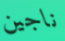
ناجين